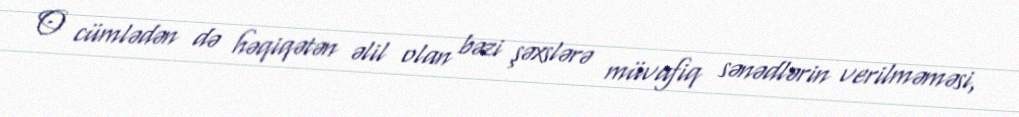
O cümlədən də həqiqətən əlil olan bəzi şəxslərə müvafiq sənədlərin verilməməsi,